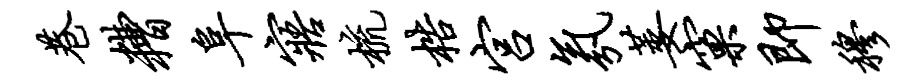
巷糟阜寤梳梏宫氛萎窠即穆